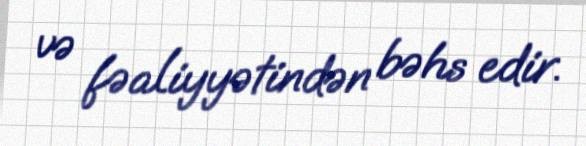
və fəaliyyətindən bəhs edir.